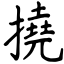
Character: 撓